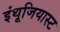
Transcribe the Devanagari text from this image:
इंथूजियास्ट